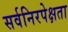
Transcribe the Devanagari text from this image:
सर्वनिरपेक्षता